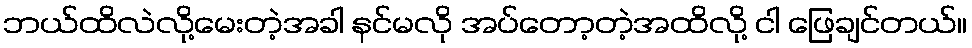
ဘယ်ထိလဲလို့မေးတဲ့အခါ နင်မလို အပ်တော့တဲ့အထိလို့ ငါ ဖြေချင်တယ်။